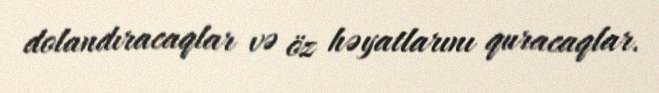
dolandıracaqlar və öz həyatlarını quracaqlar.